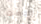
رجعت